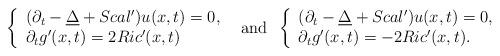
LaTeX: \begin{align*}\left\{\begin{array}{l} (\partial_{t}-\underline{\Delta}+Scal')u(x,t)=0,\\{\partial_{t}}g'(x,t)=2Ric'(x,t) \end{array}\right. \;\; \mbox{and}\;\;\left\{\begin{array}{l} (\partial_{t}-\underline{\Delta}+Scal')u(x,t)=0,\\ {\partial_{t}}g'(x,t)=-2Ric'(x,t). \end{array}\right. \end{align*}